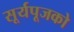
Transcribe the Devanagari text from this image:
सूर्यपूजको